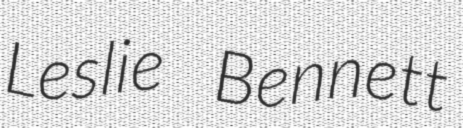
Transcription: Leslie Bennett